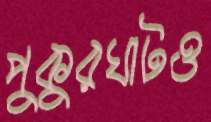
পুকুরঘাটও